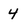
Character: 4